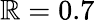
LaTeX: \mathbb{R}=0.7